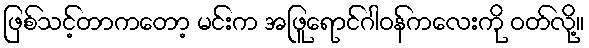
ဖြစ်သင့်တာကတော့ မင်းက အဖြူရောင်ဂါဝန်ကလေးကို ဝတ်လို့။